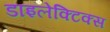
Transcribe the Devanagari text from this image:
डाइलेक्टिक्स